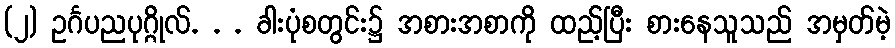
(၂) ဥင်္ဂပညပုဂ္ဂိုလ်. . . ခါးပုံစတွင်း၌ အစားအစာကို ထည့်ပြီး စားနေသူသည် အမှတ်မဲ့